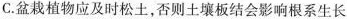
C.盆栽植物应及时松土，否则土壤板结会影响根系生长